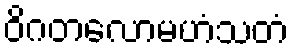
ဝိဂတလောမဟံသတံ